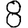
Digit: 8